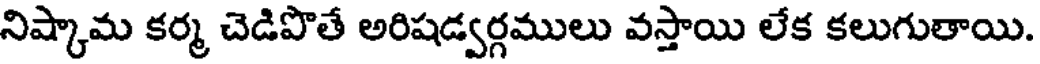
నిష్కామ కర్మ చెడిపొతే అరిషడ్వర్గములు వస్తాయి లేక కలుగుతాయి.